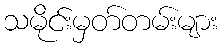
သမိုင်းမှတ်တမ်းများ